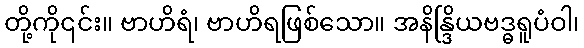
တို့ကို၎င်း။ ဗာဟိရံ၊ ဗာဟိရဖြစ်သော။ အနိန္ဒြိယဗဒ္ဓရူပံဝါ၊